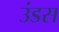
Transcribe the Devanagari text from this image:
उंडस